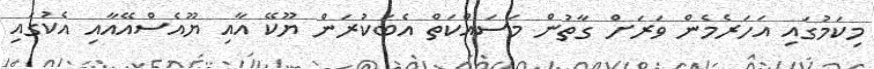
މިކަމުގައި އަހަރެމެން ވަރަށް ގާތުން މަސައްކަތް އެބަކުރަން ޔޫކޭ އާއި ޔޫއެސްއޭއާއި އެކުގައި